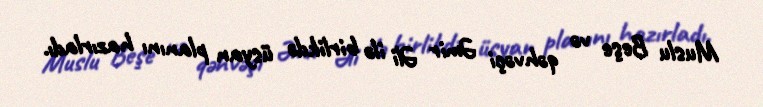
Muslu Beşe və qəhvəçi Əmir Əli ilə birlikdə üsyan planını hazırladı.